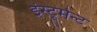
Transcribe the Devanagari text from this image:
इंस्ट्रुमेन्ट